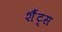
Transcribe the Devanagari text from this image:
शैंट्स